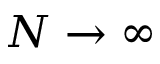
N \rightarrow \infty